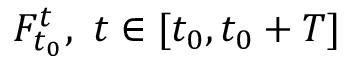
F _ { t _ { 0 } } ^ { t } , \ t \in [ t _ { 0 } , t _ { 0 } + T ]